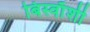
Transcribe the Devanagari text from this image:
बिस्वाँशी